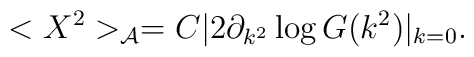
<X^{2}>_{\cal{A}}= C|2\partial_{k^{2}} \log G(k^{2})|_{k=0}.